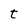
Character: t